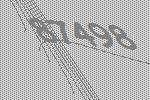
87498